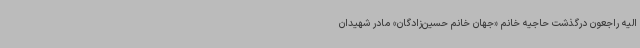
الیه راجعون درگذشت حاجیه خانم «جهان خانم حسین‌زادگان» مادر شهیدان